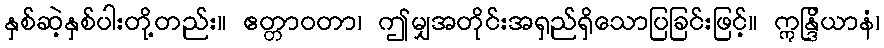
နှစ်ဆဲ့နှစ်ပါးတို့တည်း။ ဧတ္တာဝတာ၊ ဤမျှအတိုင်းအရှည်ရှိသောပြခြင်းဖြင့်။ ဣန္ဒြိယာနံ၊